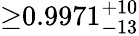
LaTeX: {\geq}0.9971_{-13}^{+10}